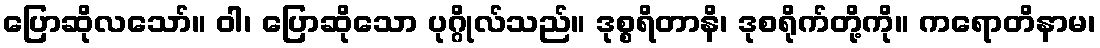
ပြောဆိုလသော်။ ဝါ၊ ပြောဆိုသော ပုဂ္ဂိုလ်သည်။ ဒုစ္စရိတာနိ၊ ဒုစရိုက်တို့ကို။ ကရောတိနာမ၊